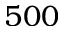
5 0 0